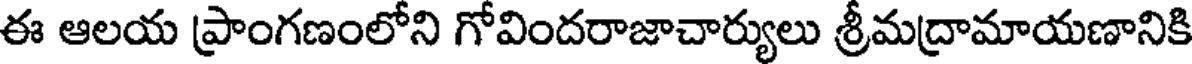
ఈ ఆలయ ప్రాంగణంలోని గోవిందరాజాచార్యులు శ్రీమద్రామాయణానికి